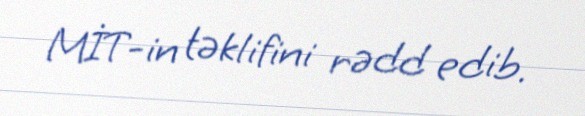
MİT-in təklifini rədd edib.